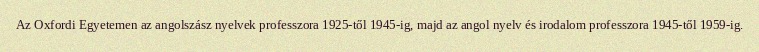
Az Oxfordi Egyetemen az angolszász nyelvek professzora 1925-től 1945-ig, majd az angol nyelv és irodalom professzora 1945-től 1959-ig.